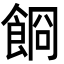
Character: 𩛯